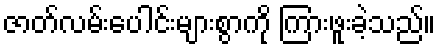
ဇာတ်လမ်းပေါင်းများစွာကို ကြားဖူးခဲ့သည်။